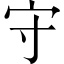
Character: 守